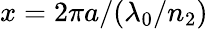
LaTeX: x=2\pi a/(\lambda_{0}/n_{2})